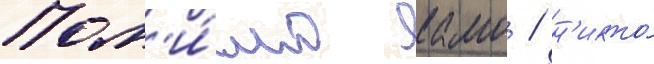
Пом'и́мо камо / н'икто́